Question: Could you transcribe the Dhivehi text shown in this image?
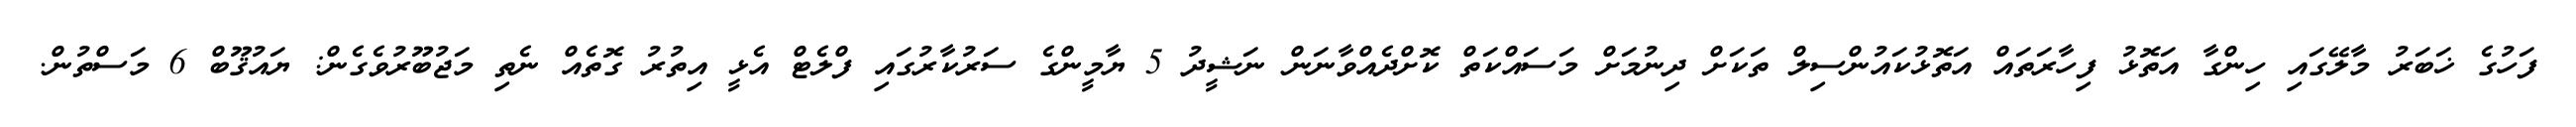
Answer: ފަހުގެ ޚަބަރު މާލޭގައި ހިންގާ އަތޮޅު ފިހާރަތައް އަތޮޅުކައުންސިލް ތަކަށް ދިނުމަށް މަސައްކަތް ކޮށްދެއްވާނަން ނަޝީދު 5 ޔާމީންގެ ސަރުކާރުގައި ފްލެޓް އެޅީ އިތުރު ގޮތެއް ނެތި މަޖުބޫރުވެގެން: ޔައުޤޫބް 6 މަސްތުން.